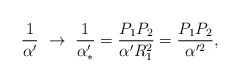
\begin{align*}{1\over \alpha' }\ \to \ {1\over \alpha'_* } = {P_1P_2\over \alpha' R_1^2}= {P_1P_2\over \alpha'^2} ,\end{align*}